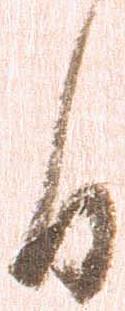
日